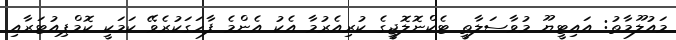
މައުލޫމާތު: އައިޓީޔޫ މުވާސަލާތީ ޓެކްނޮލޮޖީގެ ކުރިއެރުމާ އެކު އެންމެ ފާހަގަކުރެވޭ ކަމަކީ ކޮމްޕިއުޓަރާއި